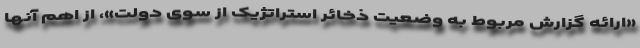
«ارائه گزارش مربوط به وضعیت ذخائر استراتژیک از سوی دولت»، از اهم آنها